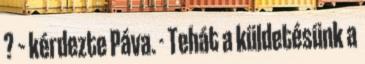
? – kérdezte Páva. - Tehát a küldetésünk a